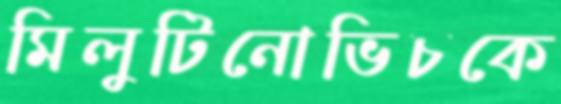
মিলুটিনোভিচকে